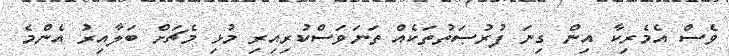
ވެސް އެމެރިކާ އިން ގިނަ ފުރުޞަތުތަކެއް ތަނަވަސްކުރިއިރި މުޅި މެޗަށް ބަލާއިރު އެންމެ